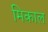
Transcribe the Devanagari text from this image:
मिकाल